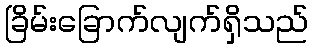
ခြိမ်းခြောက်လျက်ရှိသည်